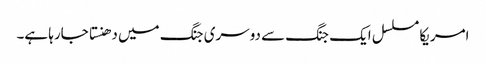
امریکا مسلسل ایک جنگ سے دوسری جنگ میں دھنستا جارہا ہے۔